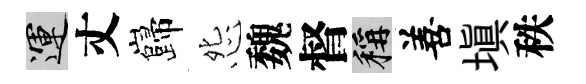
運丈巋怨魏督稱善填秩